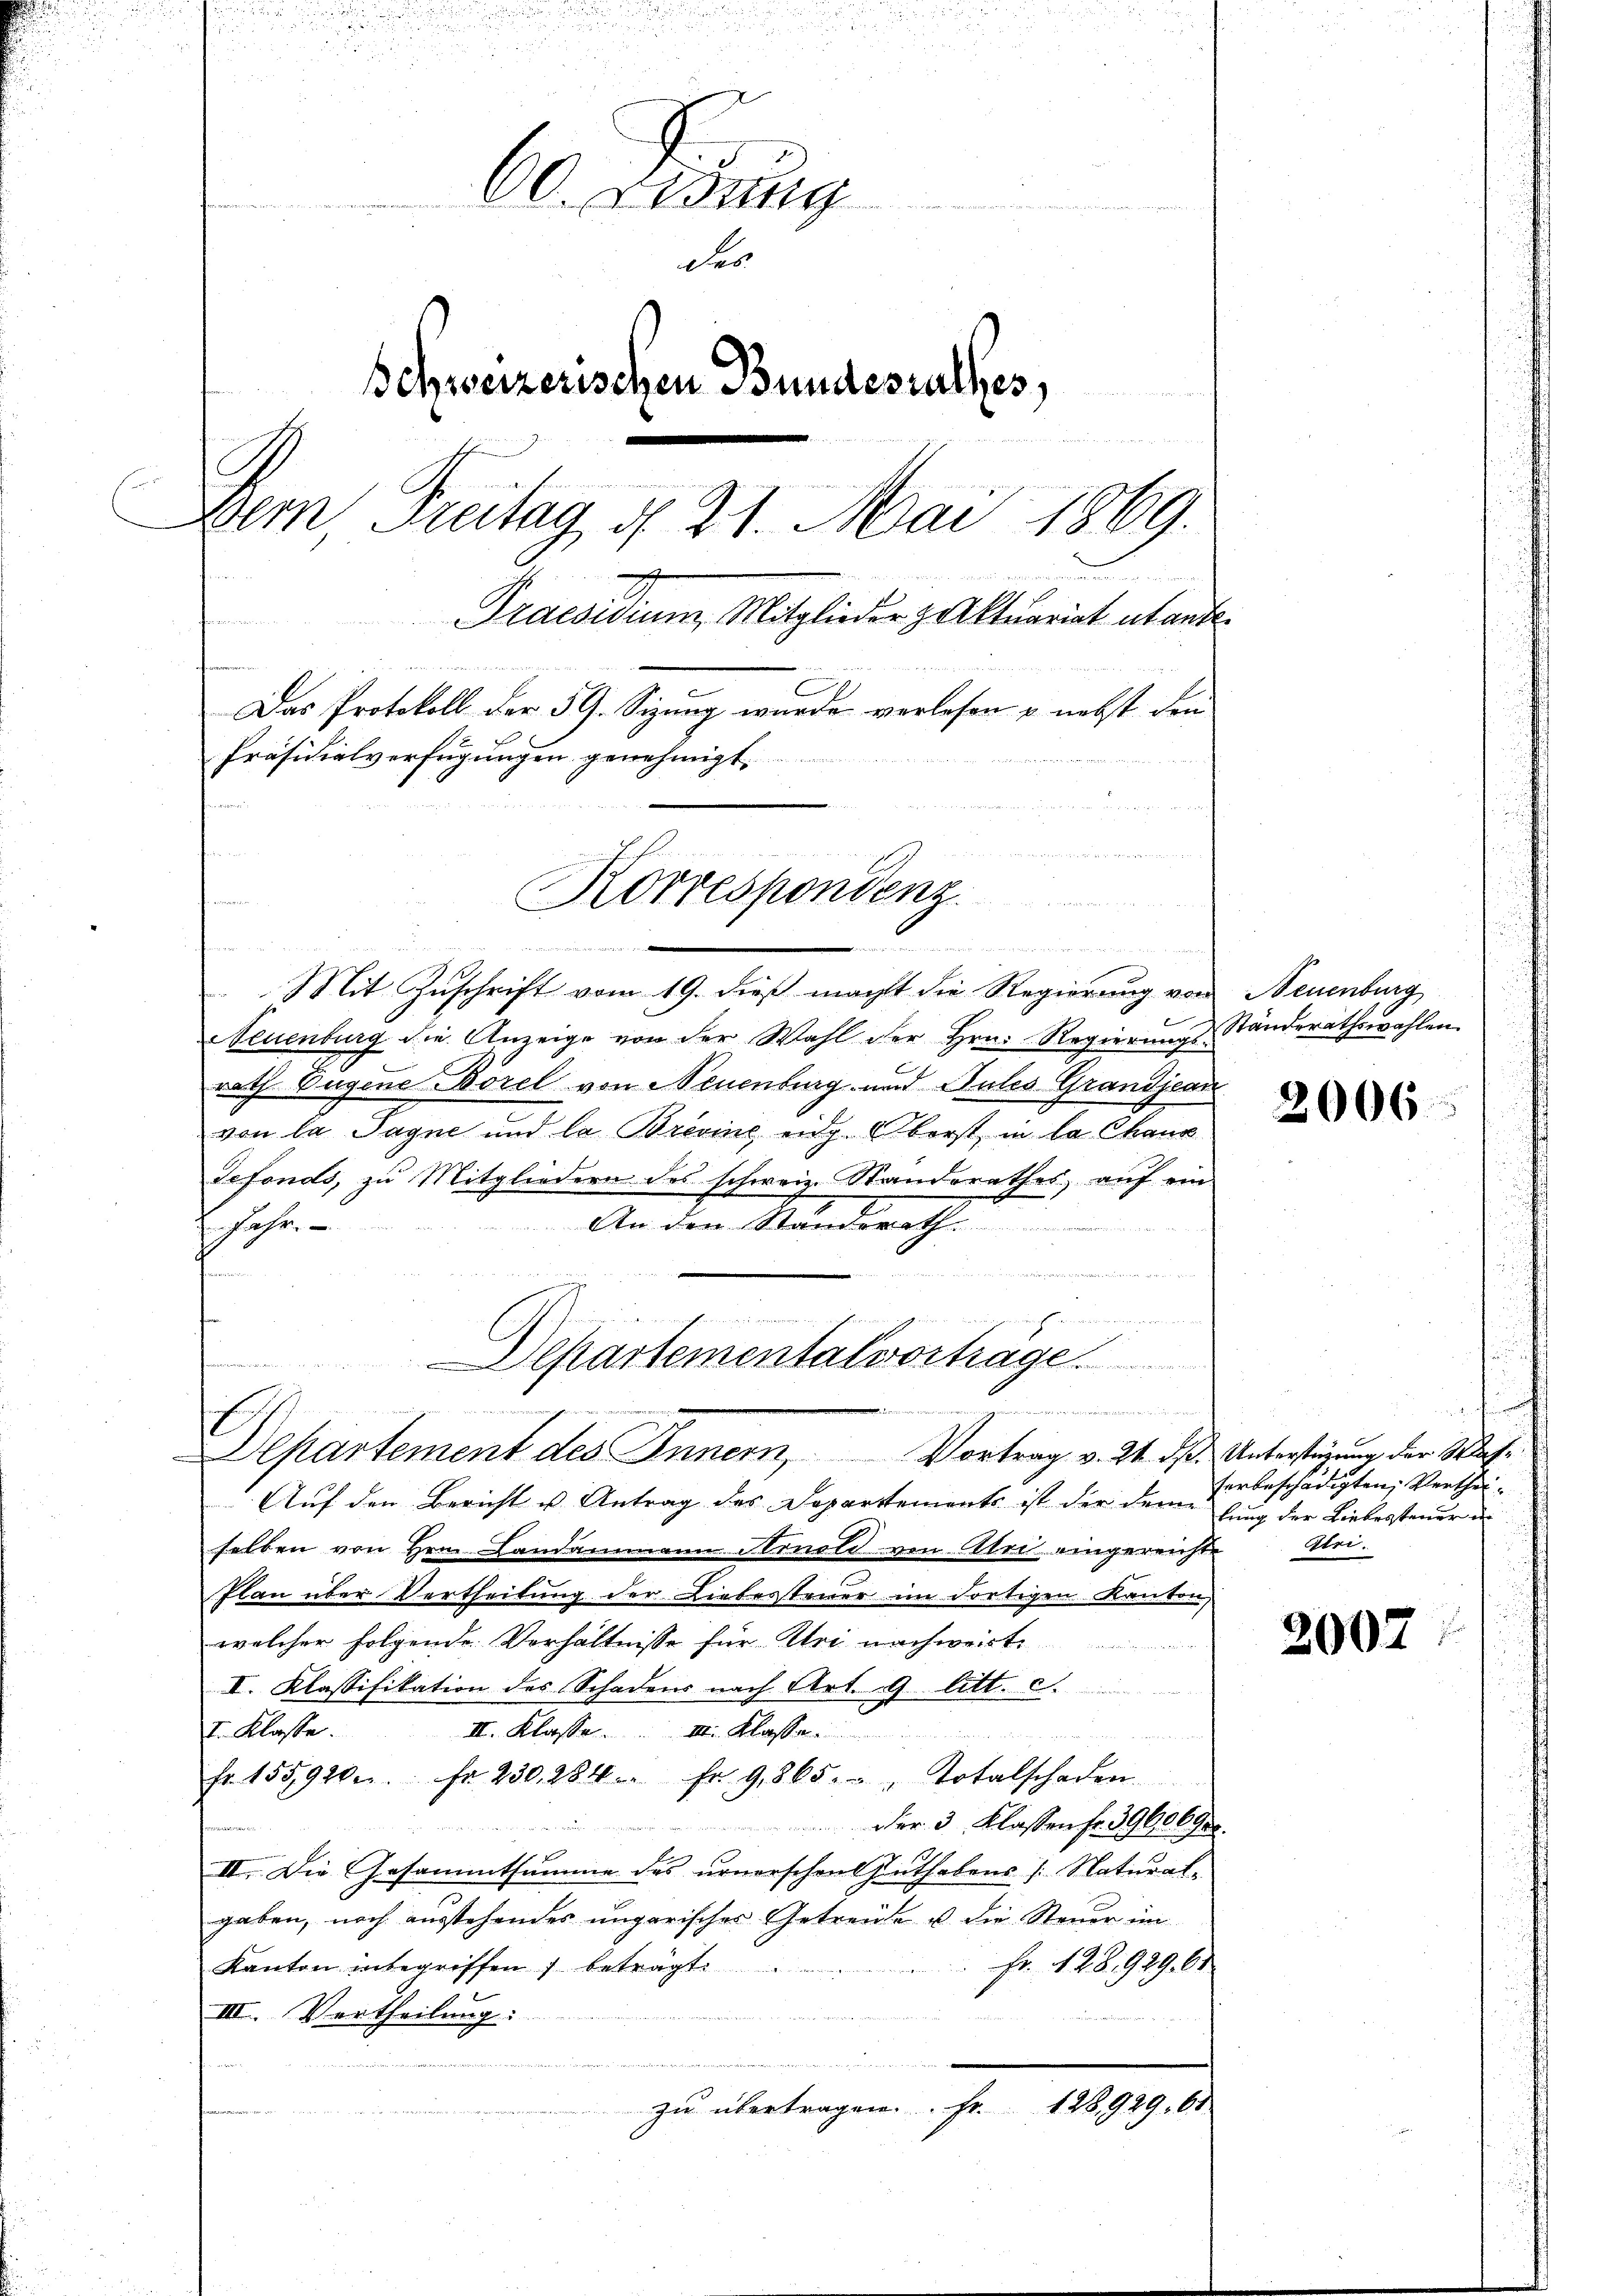
60. Sedung
des
Schweizerischen Bundesrathes,
 rücke
Dem Freitag d. 21. Mai 1869.
Praesidium, Mitglieder z Aktuariat et anben
 delle eine
Das Protokoll der 59. Sizung wurde verlesen u. nebst den
Präsidialverfügungen genehmigt.
.
Korrespondenz.
e

e
Mit Zuschrift vom 19. dieß macht die Regierung von Neuenburg
Neuenburg die Anzeige von der Wahl der Hrn. Regierŭngs-Ständeräthswahlen
rath Eugene Borel von Neuenburg und Gutes Grandjean
von la Sagne und la Brevine ein Oberst in la Chaux
defonds, zu Mitgliedern des schwein Standerathes, auf ein
An den Standerath
Jahr
o wenn den
.
e
Auf den Bericht u Antrag des Departements ist der dem
selben von Hrn. Landammann Arnold von Uri eingereichte
Plan über Vertheilung der Liebessteuer im dortigen Kanton
welcher folgende Verhältnisse für Uri nachweiste
II. Klassifikation des Schadens nach Art. 9 litt. c.
I. Klasse.
III. Klasse Klasse
Fr. 155920. Fr. 230, 284. fr. 9865.  " Totalschaden.
der 3 Klassen fr. 39606 900.
II. Die Gesammtsumme des urnerschen Enthebens /: Natural-
gaben, noch ausstehendes ungarischer Getreue u. die Steuer im
Fr. 128,929. 61
Kanton inbegriffen) beträgt.
III. Vertheilung:
uden
zŭ übertragen. Fr. 128,929. 61

wendig rich einmann
Departementalvortrage
Departement des Innern, Vortrag v. 24. dß. Unterstüzung der Wahr

.

g

2006

n
herbeschädigten, Vertheitung der Liebessteuer in
Etri.

2007